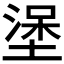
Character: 𰊖